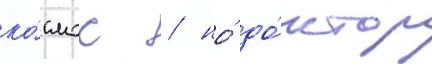
ко́смос / но́ до́ктор